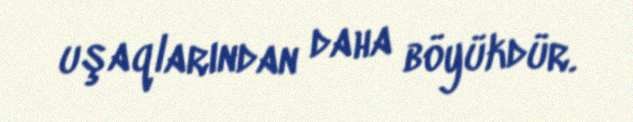
uşaqlarından daha böyükdür.